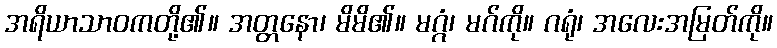
အရိယာသာဝကတို့၏။ အတ္တနော၊ မိမိ၏။ မဂ္ဂံ၊ မဂ်ကို။ ဂရုံ၊ အလေးအမြတ်ကို။